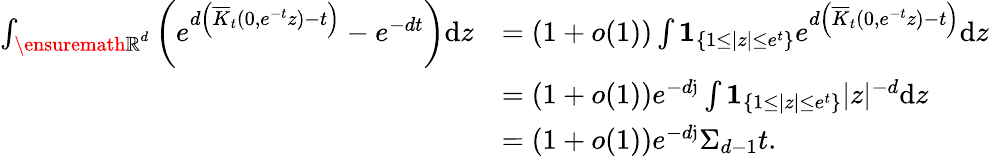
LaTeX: \begin{array}{rl}{\int_{{\ensuremath{\mathbb R}}^{d}}\left(e^{d\left(\overline{K}_{t}(0,e^{-t}z)-t\right)}-e^{-dt}\right)\mathrm{d}z}&{=(1+o(1))\int\mathbf{1}_{\{ 1\le|z|\le e^{t}\} }e^{d\left(\overline{K}_{t}(0,e^{-t}z)-t\right)}\mathrm{d}z}\\ &{=(1+o(1))e^{-d\mathfrak j}\int\mathbf{1}_{\{ 1\le|z|\le e^{t}\} }|z|^{-d}\mathrm{d}z}\\ &{=(1+o(1))e^{-d\mathfrak j}\Sigma_{d-1}t.}\end{array}